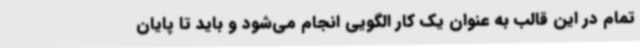
تمام در این قالب به عنوان یک کار الگویی انجام می‌شود و باید تا پایان